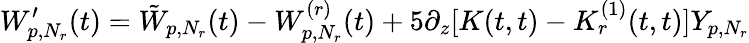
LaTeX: W_{p,N_{r}}^{\prime}(t)=\tilde{W}_{p,N_{r}}(t)-W_{p,N_{r}}^{(r)}(t)+5\partial_{z}[K(t,t)-K_{r}^{(1)}(t,t)]Y_{p,N_{r}}